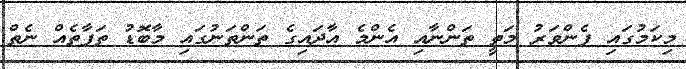
މިކަމުގައި ފެންވަރު މަތީ ތަންނާއި އެންމެ އާދައިގެ ތަންތަނުގައި މާބޮޑު ތަފާތެއް ނެތް